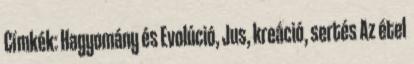
Címkék: Hagyomány és Evolúció, Jus, kreáció, sertés Az étel